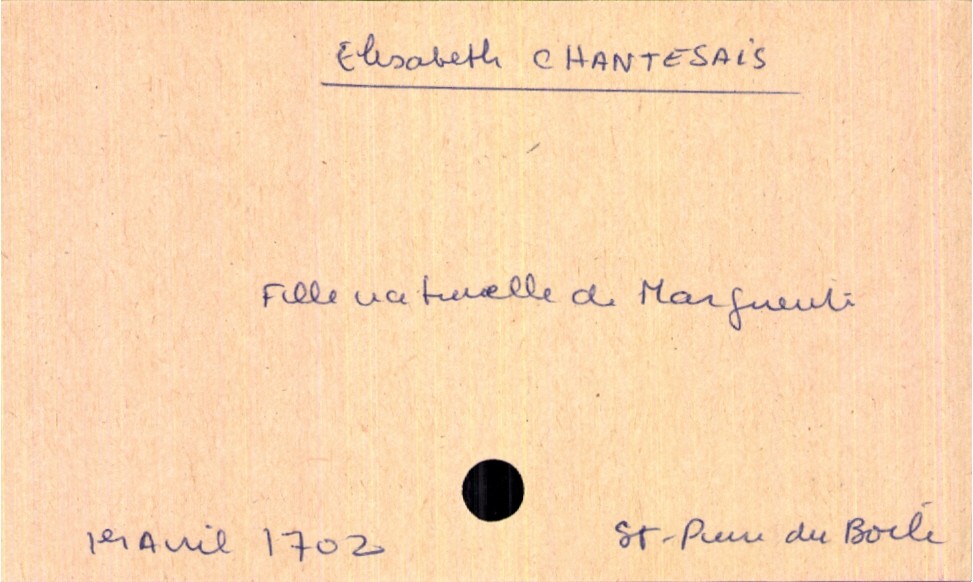
type_acte: Baptême
filiation: fille
enfant_prénom: Elisabeth
enfant_date_de_naissance: 1er avril 1702
enfant_lieu_de_naissance: Saint-Pierre du Boile
mère_enfant_nom: Chantesais
mère_enfant_prénom: Marguerite